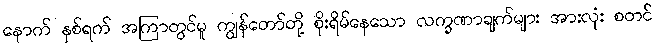
နောက် နှစ်ရက် အကြာတွင်မူ ကျွန်တော်တို့ စိုးရိမ်နေသော လက္ခဏာချက်များ အားလုံး စတင်